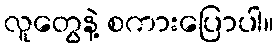
လူတွေနဲ့ စကားပြောပါ။